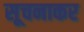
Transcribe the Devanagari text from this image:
सूचनाकर